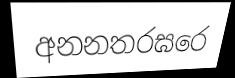
අනනතරඝරෙ